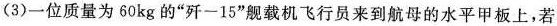
(3)一位质量为60kg的”歼-15”舰载机飞行员来到航母的水平甲板上，若